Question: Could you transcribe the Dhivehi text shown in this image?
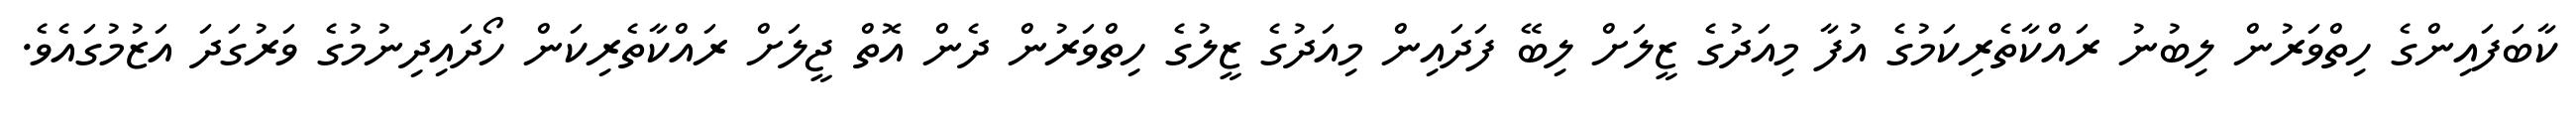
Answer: ކާބަފައިންގެ ހިތްވަރުން ލިބުނު ރައްކާތެރިކަމުގެ އުފާ މިއަދުގެ ޒީލަށް ލިބޭ ފަދައިން މިއަދުގެ ޒީލުގެ ހިތްވަރުން ދެން އޮތް ޖީލަށް ރައްކާތެރިކަން ހޯދައިދިނުމުގެ ވަރުގަދަ އަޒުމުގައެވެ.